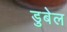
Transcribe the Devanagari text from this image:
डुबेल